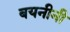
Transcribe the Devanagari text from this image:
बयनीनी